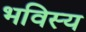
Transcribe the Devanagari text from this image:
भविस्य